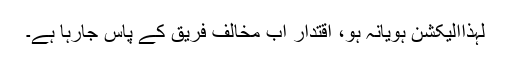
لہذاالیکشن ہویانہ ہو، اقتدار اب مخالف فریق کے پاس جارہا ہے۔